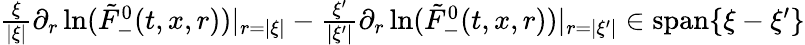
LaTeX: \begin{array}{r}{\frac{\xi}{|\xi|}\partial_{r}\ln(\tilde{F}_{-}^{0}(t,x,r))|_{r=|\xi|}-\frac{\xi^{\prime}}{|\xi^{\prime}|}\partial_{r}\ln(\tilde{F}_{-}^{0}(t,x,r))|_{r=|\xi^{\prime}|}\in\mathrm{span}\{ \xi-\xi^{\prime}\} }\end{array}